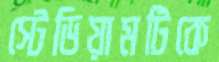
স্টেডিয়ামটিকে